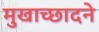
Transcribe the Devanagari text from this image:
मुखाच्छादने